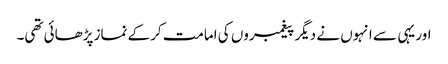
اور یہی سے انہوں نے دیگر پیغمبروں کی امامت کرکے نماز پڑھائی تھی۔